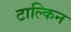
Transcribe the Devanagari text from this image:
टाल्किन